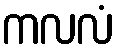
ကလလံ